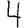
Digit: 4